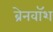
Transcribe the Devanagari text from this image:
ब्रेनवाॅश